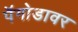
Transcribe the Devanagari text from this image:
पॅगोडावर